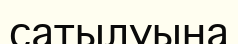
сатылуына